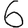
Digit: 6